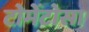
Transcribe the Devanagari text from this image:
टोमेंटोसा